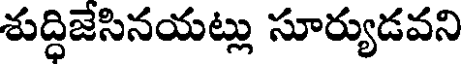
శుద్ధిజేసినయట్లు సూర్యుడవని